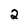
Character: 2